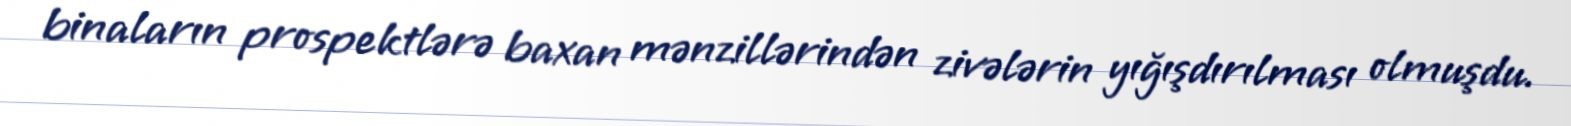
binaların prospektlərə baxan mənzillərindən zivələrin yığışdırılması olmuşdu.